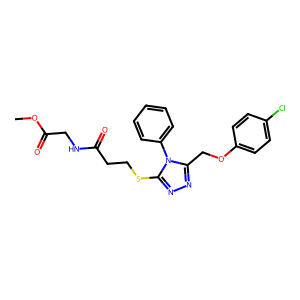
SMILES: COC(=O)CNC(=O)CCSc1nnc(COc2ccc(Cl)cc2)n1-c1ccccc1
Inhibits HIV replication: No